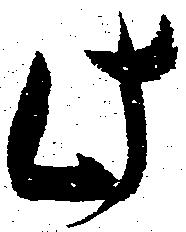
此